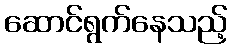
ဆောင်ရွက်နေသည့်